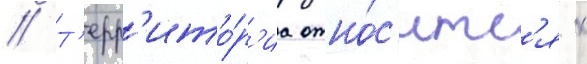
// Т'ерр'ито́р'иа отно́с'итс'я к